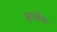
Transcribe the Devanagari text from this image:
सम्मेय